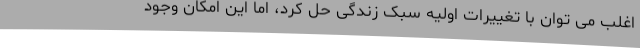
اغلب می توان با تغییرات اولیه سبک زندگی حل کرد، اما این امکان وجود